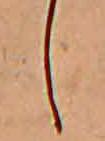
し